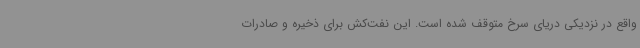
واقع در نزدیکی دریای سرخ متوقف شده است. این نفت‌کش برای ذخیره و صادرات